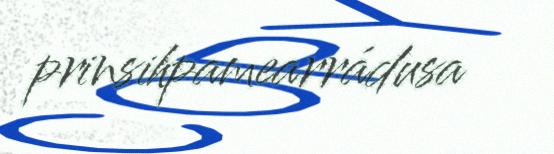
prinsihpamearrádusa